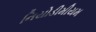
નિયોડીમીયમ